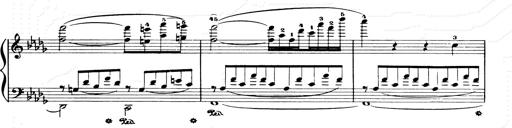
Title: Consolations and LiebestrÃ¤ume for the Piano
Composer: Franz Liszt